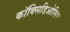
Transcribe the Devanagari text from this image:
कॉक्सिडिओसिस